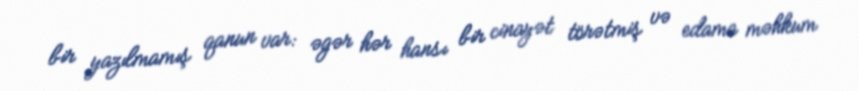
bir yazılmamış qanun var: əgər hər hansı bir cinayət törətmiş və edama məhkum